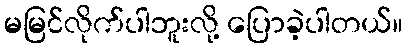
မမြင်လိုက်ပါဘူးလို့ ပြောခဲ့ပါတယ်။